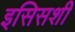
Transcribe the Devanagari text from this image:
इसिसशी